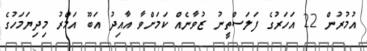
އުމުރުން 22 އަހަރުގެ ފަލަސްތީނު ޒުވާނެއް ކަމަށްވާ އާއިދު އަބޫ އަމްރު މިދިޔަމަހުގެ